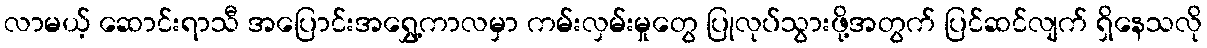
လာမယ့် ဆောင်းရာသီ အပြောင်းအရွှေ့ကာလမှာ ကမ်းလှမ်းမှုတွေ ပြုလုပ်သွားဖို့အတွက် ပြင်ဆင်လျက် ရှိနေသလို